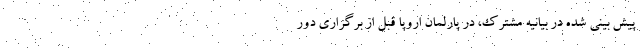
پیش بینی شده در بیانیه مشترک، در پارلمان اروپا قبل از برگزاری دور